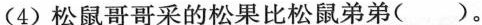
(4)松鼠哥哥采的松果比松鼠弟弟( )。